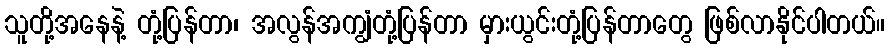
သူတို့အနေနဲ့ တုံ့ပြန်တာ၊ အလွန်အကျွံတုံ့ပြန်တာ မှားယွင်းတုံ့ပြန်တာတွေ ဖြစ်လာနိုင်ပါတယ်။